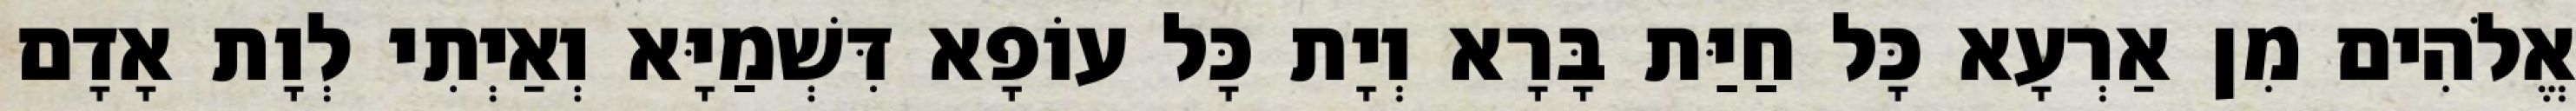
אֱלֹהִים מִן אַרְעָא כָּל חַיַּת בָּרָא וְיָת כָּל עוֹפָא דִּשְׁמַיָּא וְאַיְתִי לְוָת אָדָם